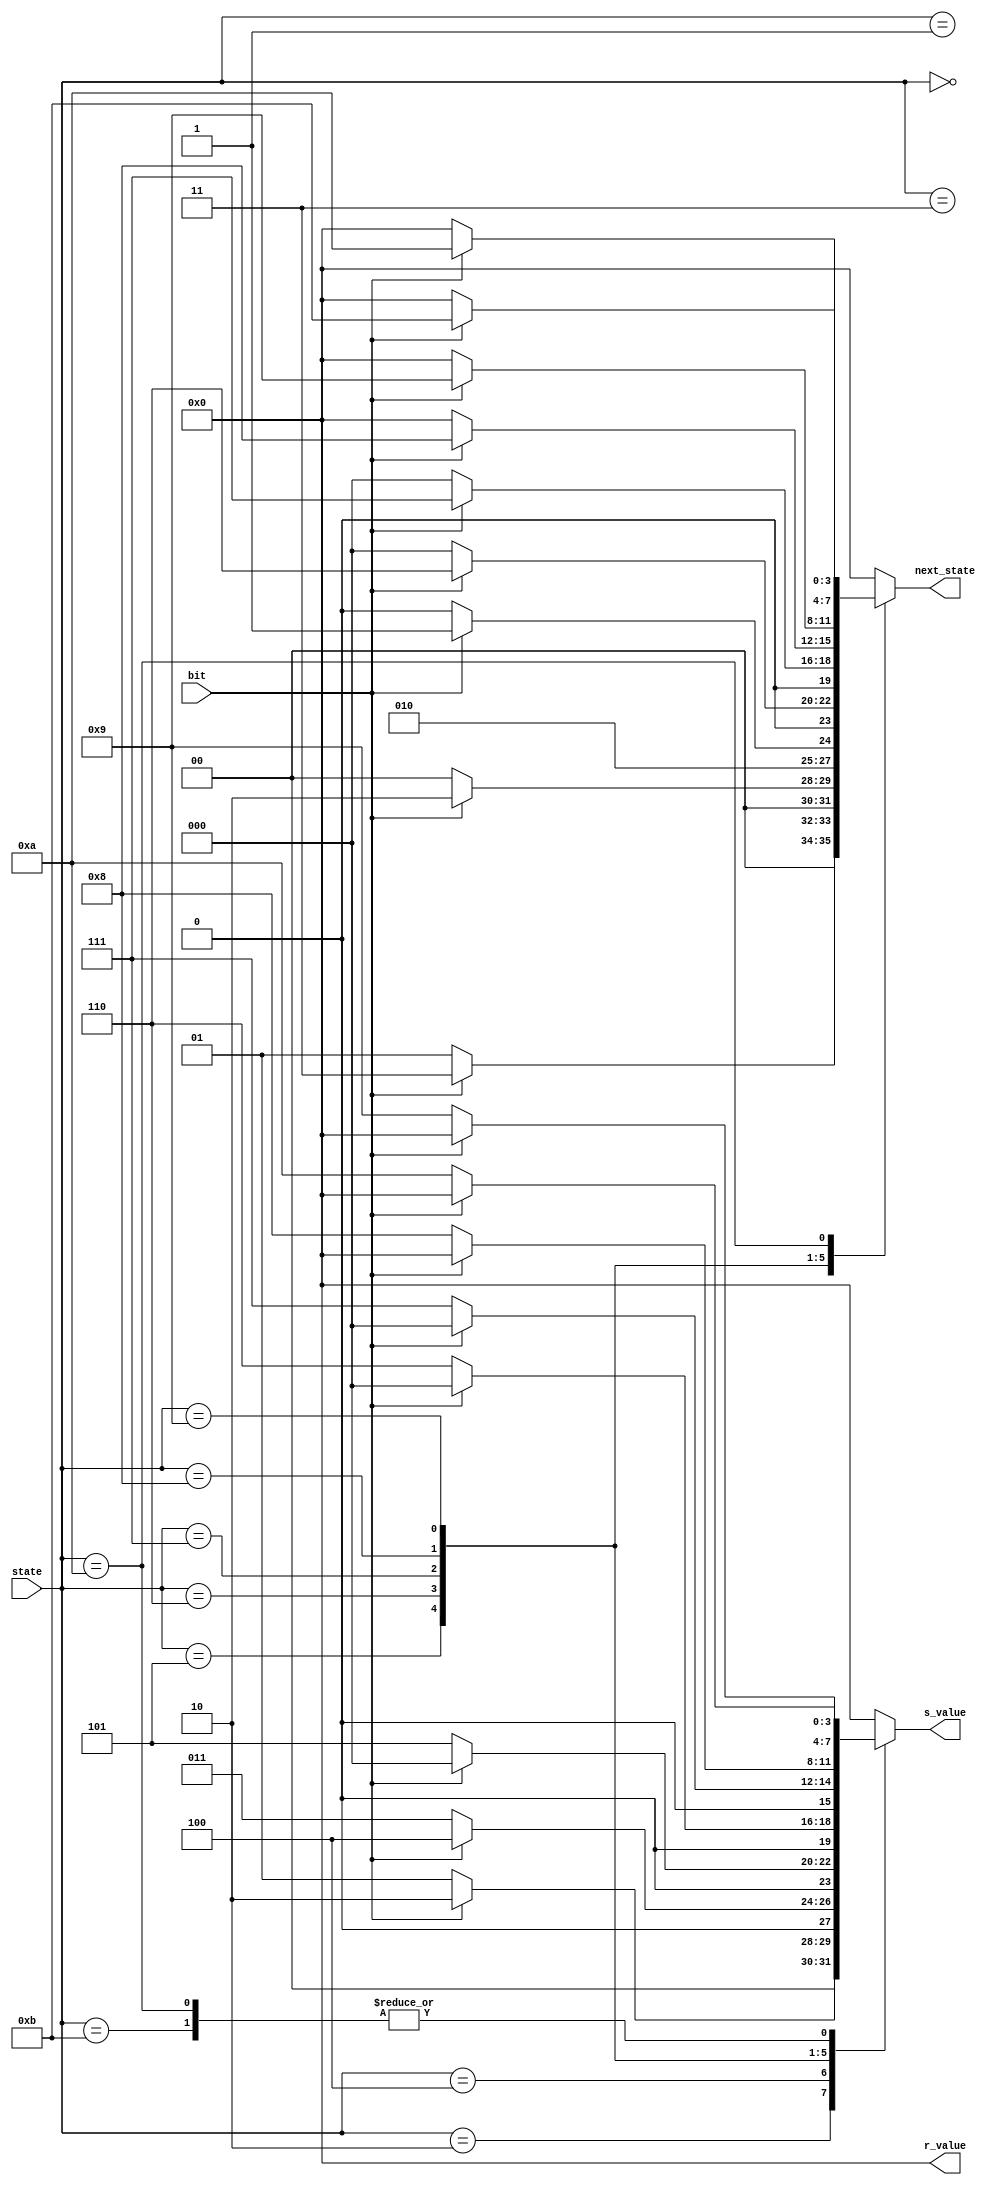
module DC_Huffman_Table (
    input bit,                  //Encoded bit sequence
    input [3:0] state,
    output reg [3:0] r_value,   //Run length (Count of zeros before number)
    output reg [3:0] s_value,   //Number length (Bit length of the number after zeros)
    output reg [3:0] next_state
);

    //Maps input sequence to output values (S-R values)
    always @(*)begin
        r_value <= 4'b0;
        s_value <= 4'b0;    
        next_state <= 0;

        case(state)
            0: begin
                //none 
                if(bit == 0)begin
                    next_state <= 1;
                end else begin
                    next_state <= 3;
                end
            end
            1: begin
                //0
                if(bit == 0) begin
                    r_value <= 4'd0;
                    s_value <= 4'd0;
                    next_state <= 0;
                end else begin
                    next_state <= 2;
                end
            end
            2: begin
                //01
                if(bit == 0)begin
                    r_value <= 4'd0;
                    s_value <= 4'd1;
                    next_state <= 0;
                end else begin
                    r_value <= 4'd0;
                    s_value <= 4'd2;
                    next_state <= 0;
                end
            end
            3: begin
                //1
                if(bit == 0)begin
                    next_state <= 4;
                end else begin
                    next_state <= 5;
                end
            end
            4: begin
                //10
                if(bit == 0)begin
                    r_value <= 4'd0;
                    s_value <= 4'd3;
                    next_state <= 0;
                end else begin
                    r_value <= 4'd0;
                    s_value <= 4'd4;
                    next_state <= 0;
                end
            end
            5: begin
                //11
                if(bit == 0)begin
                    r_value <= 4'd0;
                    s_value <= 4'd5;
                    next_state <= 0;
                end else begin
                    next_state <= 6;
                end
            end
            6: begin
                //111
                if(bit == 0)begin
                    r_value <= 4'd0;
                    s_value <= 4'd6;
                    next_state <= 0;
                end else begin
                    next_state <= 7;
                end
            end
            7: begin
                //1111
                if(bit == 0)begin
                    r_value <= 4'd0;
                    s_value <= 4'd7;
                    next_state <= 0;
                end else begin
                    next_state <= 8;
                end
            end
            8: begin
                //11111
                if(bit == 0)begin
                    r_value <= 4'd0;
                    s_value <= 4'd8;
                    next_state <= 0;
                end else begin
                    next_state <= 9;
                end
            end
            9: begin
                //111111
                if(bit == 0)begin
                    r_value <= 4'd0;
                    s_value <= 4'd9;
                    next_state <= 0;
                end else begin
                    next_state <= 10;
                end
            end
            10: begin
                //1111111
                if(bit == 0)begin
                    r_value <= 4'd0;
                    s_value <= 4'd10;
                    next_state <= 0;
                end else begin
                    next_state <= 11;
                end
            end
            11: begin
                //11111111
                if(bit == 0)begin
                    r_value <= 4'd0;
                    s_value <= 4'd10;
                    next_state <= 0;
                end else begin
                    next_state <= 0;
                end
            end
        endcase
    end

endmodule